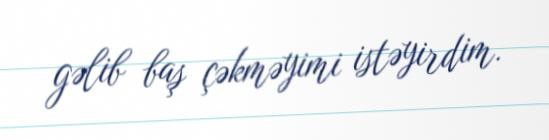
gəlib baş çəkməyimi istəyirdim.